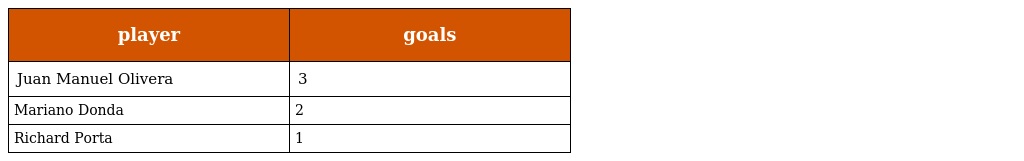
| player | goals |
 | --- | --- |
 | Juan Manuel Olivera | 3 |
 | Mariano Donda | 2 |
 | Richard Porta | 1 |